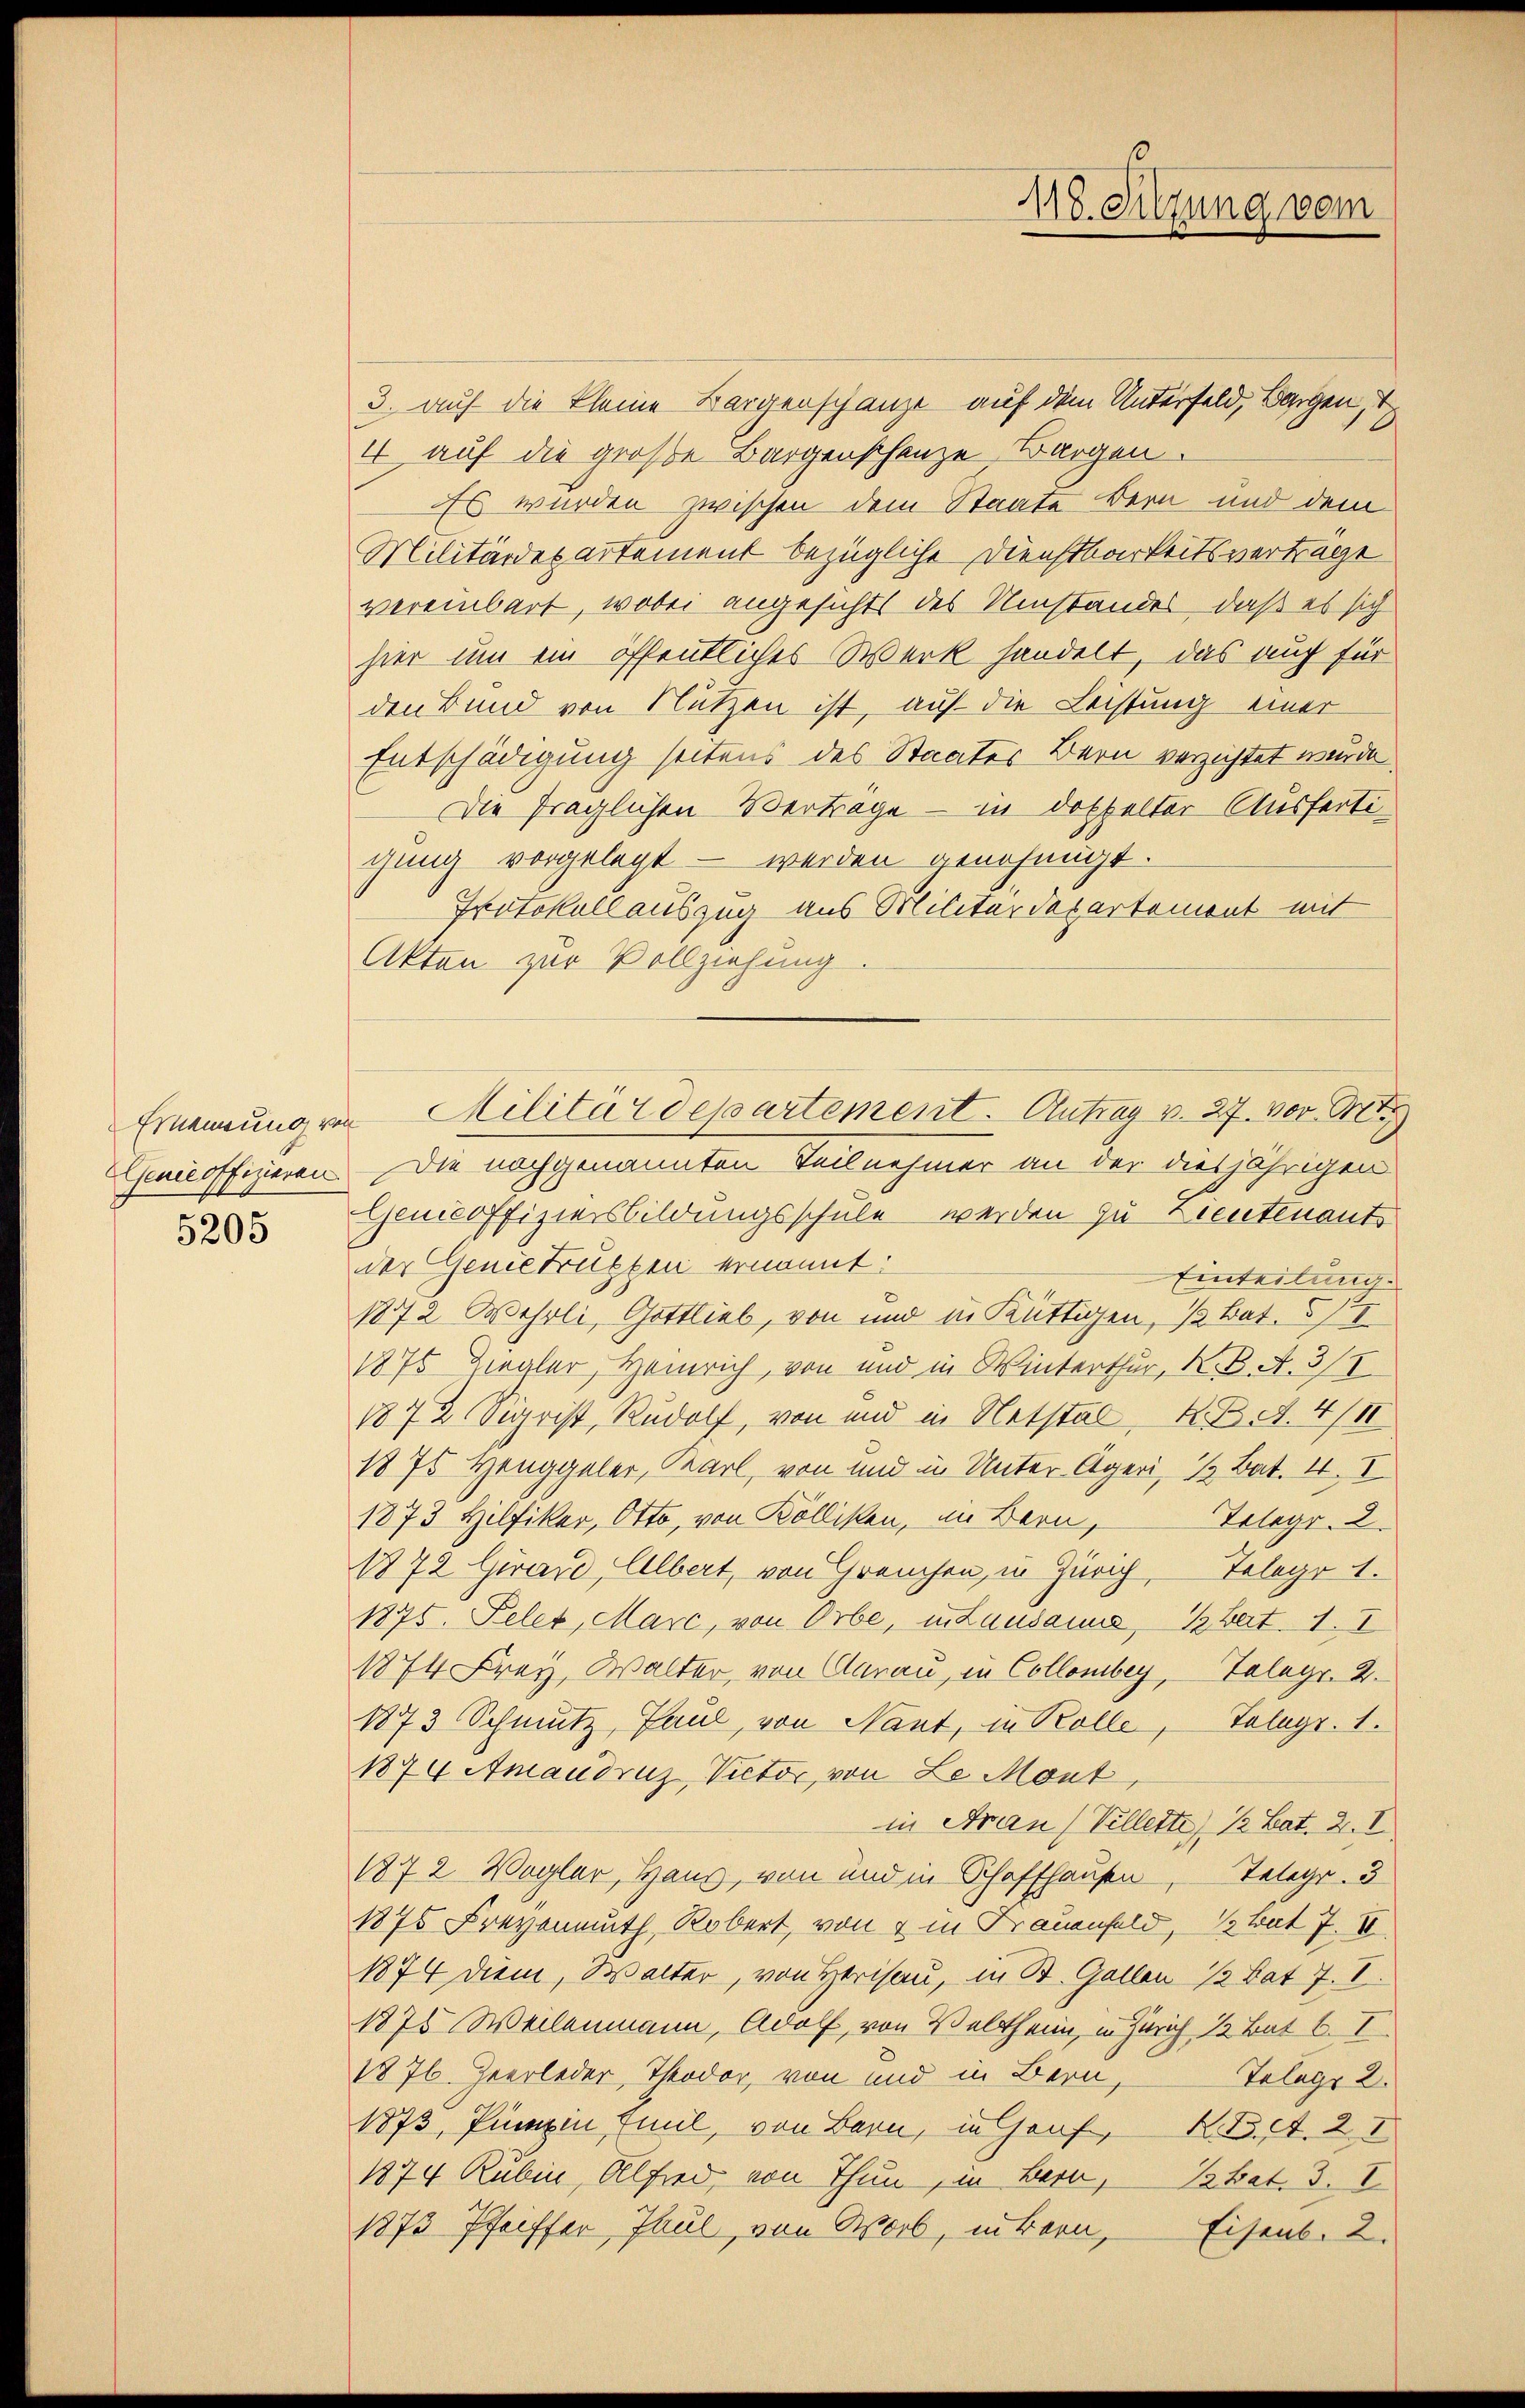
Genie offizieren.
5205

3. auf die kleine Bargenschanze auf dem Unterfeld, Bargen, t
4 auf die große Bargenschenze Bargen.
Es wurden zwischen dem Staate Bern und dem
Militärdepartement bezügliche Dienstbarkeitsverträge
vereinbart, wobei angesichts des Umstandes, daß es sich
hier um ein öffentliches Werk handelt, das auch für
den Bund von Nutzen ist, auf die Leistung einer
Entschädigung seitens des Staates Bern verzichtet wurde
Die fraglichen Verträge — in doppelter Ausfertigung vorgelegt - werden genehmigt.
Protokollauszug aus Militärdepartement mit
Akten zur Vollziehung.
Die nachgenannten Teilnehmer an der diesjährigen
Genicoffiziersbildungsschule werden zu Zieutenant
der Genie drücken ernannt:
Einteilung.
1872 Wehrli, Gottlieb, von und in Küttigen, ½ Bat. I
1875 Ziegler, Heinrich, von und in Winterthur, K. B. A. 3/I
1872 Sigrist, Rudolf, von und in Notstal, K. B. A. 4/11
1875 Henggeler, Karl, von und in Unter Ägeri, ½ Bat. I. I
1873 Hilfiker, Otto, von Kölliken, im Bern,
Telegr. 2
1872 Girard, Albert, von Greuchen, in Zürich, Telege 1.
1875. Peler, Marc, von Orbe, in Lausanne, ½ Bat. 1. I
1874 Frey, Walter, von Aarau, in Collombey, Telegr. 2.
1873 Schmutz, Paul, von Nant, in Kolle, Telegr. 1.
1874 Amaudruz, Victor, von Le Mont,
in Frau (Vellette, ½ Bat. 2. I
1872 Vogler, Haus, von und in Schaffhausen, Telegr. 3
1875 Freyenmuth, Robert, von & in Frauenfeld, ½ bat 7. IV
1874 dien, Walter, von Herisau, in B. Gallen ½ Pat 7. I.
1875. Weilenmann, Adolf, von Veltheim, in Zürich 12 Bat 6. I
1876. Zeerleder, Theodor, von und in Bern,
Tolags 2.
1873, Punzin Emil, von Bern, in Graf, K. B. rt. 21
1874 Rubin, Alfred, von Thun, in Bern, Stat. 3. I
1873 Pfeiffer, Paul, von Worb, intern, Eisenb. 2.

.
118. Sitzung vom

Ernennung von Militärdepartement. Antrag v. 27. vor. Mt